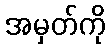
အမှတ်ကို